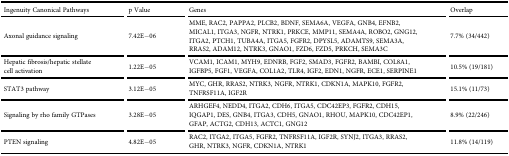
| Ingenuity Canonical Pathways | p Value | Genes | Overlap |
 | --- | --- | --- | --- |
 | Axonal guidance signaling | 7.42E−06 | MME, RAC2, PAPPA2, PLCB2, BDNF, SEMA6A, VEGFA, GNB4, EFNB2, MICAL1, ITGA3, NGFR, NTRK1, PRKCE, MMP11, SEMA4A, ROBO2, GNG12, ITGA2, PTCH1, TUBA4A, ITGA5, FGFR2, DPYSL5, ADAMTS9, SEMA3A, RRAS2, ADAM12, NTRK3, GNAO1, FZD6, FZD5, PRKCH, SEMA3C | 7.7% (34/442) |
 | Hepatic fibrosis/hepatic stellate cell activation | 1.22E−05 | VCAM1, ICAM1, MYH9, EDNRB, FGF2, SMAD3, FGFR2, BAMBI, COL8A1, IGFBP5, FGF1, VEGFA, COL1A2, TLR4, IGF2, EDN1, NGFR, ECE1, SERPINE1 | 10.5% (19/181) |
 | STAT3 pathway | 3.12E−05 | MYC, GHR, RRAS2, NTRK3, NGFR, NTRK1, CDKN1A, MAPK10, FGFR2, TNFRSF11A, IGF2R | 15.1% (11/73) |
 | Signaling by rho family GTPases | 3.28E−05 | ARHGEF4, NEDD4, ITGA2, CDH6, ITGA5, CDC42EP3, FGFR2, CDH15, IQGAP1, DES, GNB4, ITGA3, CDH5, GNAO1, RHOU, MAPK10, CDC42EP1, GFAP, ACTG2, CDH13, ACTC1, GNG12 | 8.9% (22/246) |
 | PTEN signaling | 4.82E−05 | RAC2, ITGA2, ITGA5, FGFR2, TNFRSF11A, IGF2R, SYNJ2, ITGA3, RRAS2, GHR, NTRK3, NGFR, CDKN1A, NTRK1 | 11.8% (14/119) |